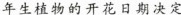
年生植物的开花日期决定